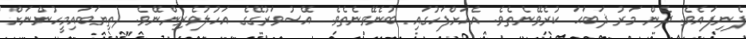
ފެނިފައެވެ. ދެން މަރު ޛަބަޙަ ކުރެވޭނެތެވެ. އެއަށްފަހުގައި ބުނެވޭނެތެވެ. އޭސުވަރުގޭގެ އަހުލުވެރިންނޭވެ. (ތިޔަބައިމީހުންނަށް